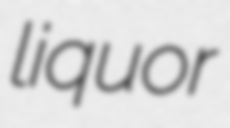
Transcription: liquor